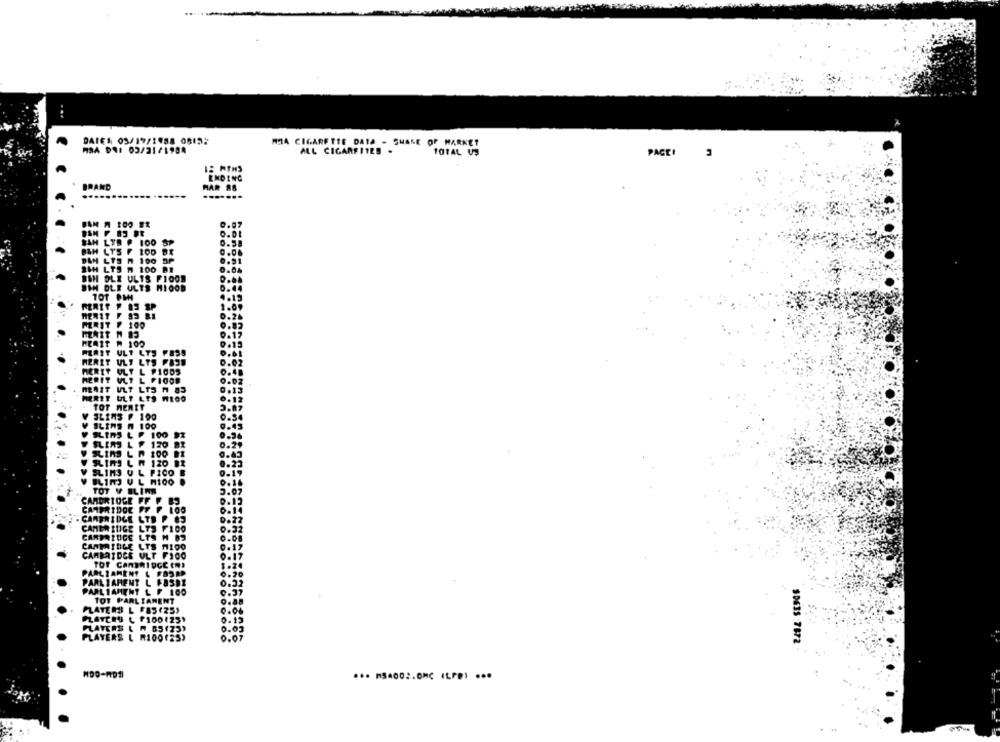
DATE: 05/19/1958 0815:
MRA CIGARETTE DATA - SHARE OF MARKET
MSA DNI 03/21/1988
ALL CIGARETTES .
TOTAL US
PAGEI
ENDING
BRAND
.......
HAR 98
0.5
BAH LT'S F 100 BX
BAN LTS A 100 SP
SIH LTS M 100 DI
0.91
BSH OLE ULTS FIOOS
BIN DLE ULTS MIOOD
0.4
TOT PMI
1.6
MERIT F 100
FERIT ULT LTS F839
HERET ULT LYS FAST
MERIT ULT L PIODS
MERIT VLT L FIOOD
HEAIT ULT LTS 1 85
MERIT ULT LES WROO
TOT MERET
SLIMS F 100
SLIMS A 100
BLIRS & F. 100
FLIMS L F 120 BI
SLIMS L W 100 BI
SLIMS
UL PICO E
TOT V ELINE
CAMBRIDGE FF F 85
CARPRIDOC PF F LOO
. CAMBRIDGE LTD P. 83
CAMER SUGE LTS FIDO
CANDATUCE LTS H 82
CANTATULE LTS MICO
LTA
CAMBRIDGE ULT FIOO
TOT CAMBRIDGE ENS
PARLIAMENT L FOSAD
PARLIAMENT L FOSDE
PARLIAMENT L F 100
TOT PARLIAMENT
PLATERS L FOS (25,
PLATCEU L F100(25)
PLATERS L A B5(73)
PLAYERS L R100(25)
$DE3S 7872
HDD-HDMI